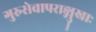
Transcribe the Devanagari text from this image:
गुरुसेवापराङ्मुखाः